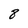
Character: 8